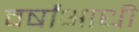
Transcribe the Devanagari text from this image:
वर्षांआधी